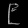
Digit: ၉